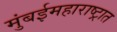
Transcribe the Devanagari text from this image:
मुंबईमहाराष्ट्रात